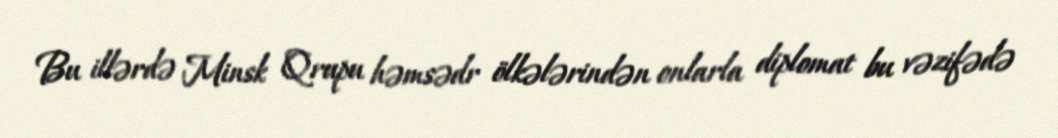
Bu illərdə Minsk Qrupu həmsədr ölkələrindən onlarla diplomat bu vəzifədə